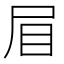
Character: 𭕘